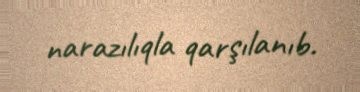
narazılıqla qarşılanıb.